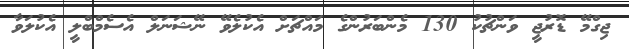
ޖިގްމޭ ޑޮރުޖީ ވަންޗުކު 130 މެންބަރުންގެ މައްޗަށް އެކުލެވޭ ނޭޝަނަލް އެސެމްބްލީ އެކުލަވާ